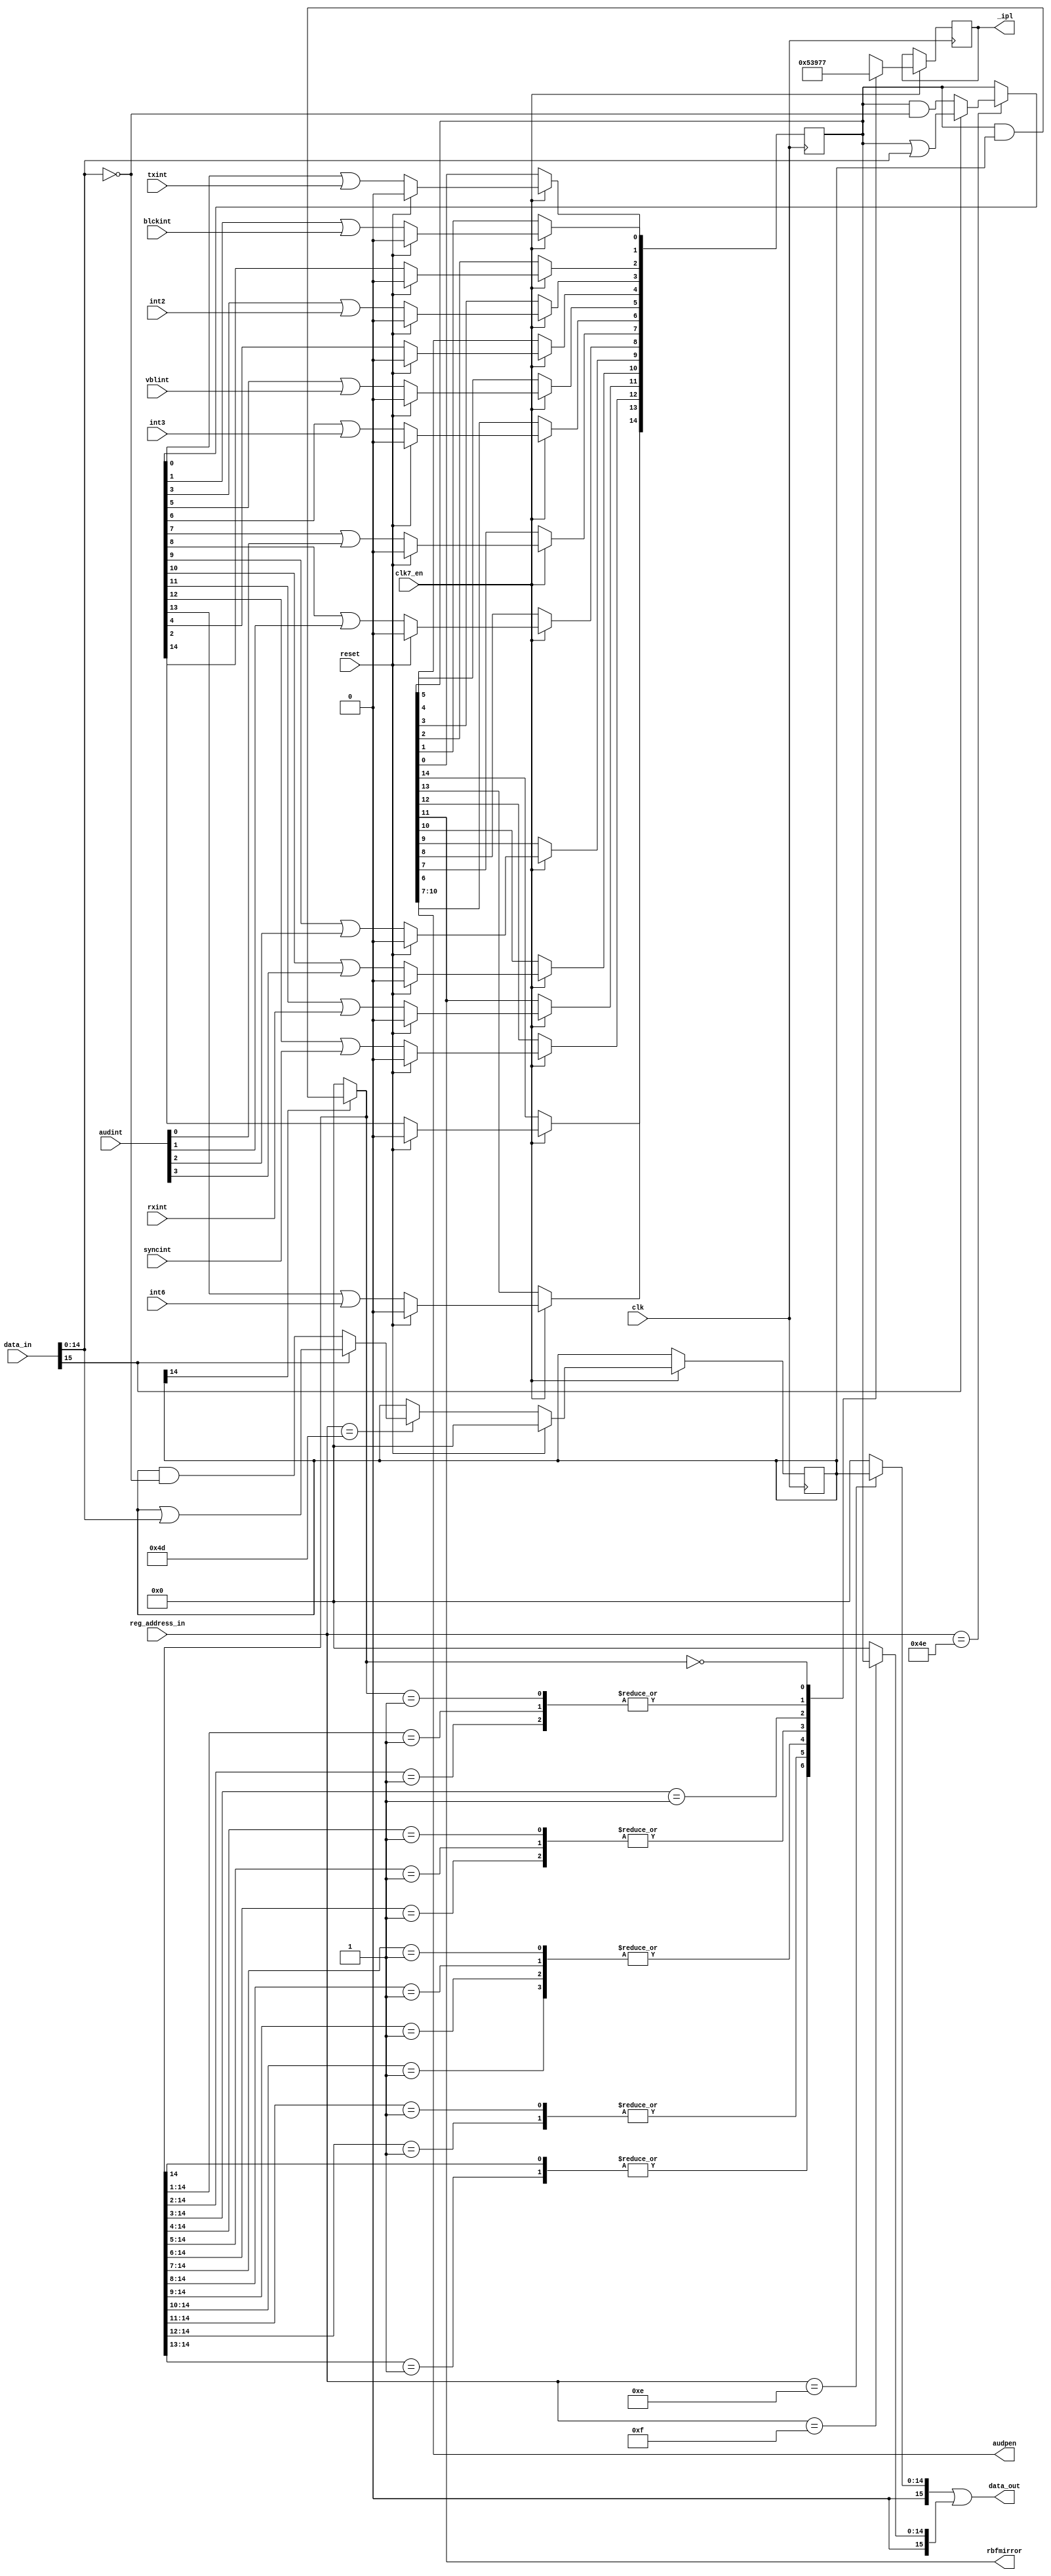
// interrupt controller //


module paula_intcontroller
(
	input 	clk,		    	//bus clock
  input clk7_en,
	input 	reset,			   	//reset 
	input 	[8:1] reg_address_in,	//register address inputs
	input	[15:0] data_in,		//bus data in
	output	[15:0] data_out,		//bus data out
	input	rxint,				//uart receive interrupt
	input	txint,				//uart transmit interrupt
  input vblint,         // start of video frame
	input	int2,				//level 2 interrupt
	input	int3,				//level 3 interrupt
	input	int6,				//level 6 interrupt
	input	blckint,			//disk block finished interrupt
	input	syncint,			//disk syncword match interrupt
	input	[3:0] audint,		//audio channels 0,1,2,3 interrupts
	output	[3:0] audpen,		//mirror of audio interrupts for audio controller
	output	rbfmirror,			//mirror of serial receive interrupt for uart SERDATR register
	output	reg [2:0] _ipl		//m68k interrupt request
);

//register names and addresses		
parameter INTENAR = 9'h01c;
parameter INTREQR = 9'h01e;
parameter INTENA  = 9'h09a;
parameter INTREQ  = 9'h09c;

//local signals
reg		[14:0] intena;			//int enable write register
reg 	[15:0] intenar;			//int enable read register
reg		[14:0] intreq;			//int request register
reg		[15:0] intreqr;			//int request readback

//rbf mirror out
assign rbfmirror = intreq[11];

//audio mirror out
assign audpen[3:0] = intreq[10:7];

//data_out	multiplexer
assign data_out = intenar | intreqr;

//intena register
always @(posedge clk) begin
  if (clk7_en) begin
  	if (reset)
  		intena <= 0;
  	else if (reg_address_in[8:1]==INTENA[8:1])
  	begin
  		if (data_in[15])
  			intena[14:0] <= intena[14:0] | data_in[14:0];
  		else
  			intena[14:0] <= intena[14:0] & (~data_in[14:0]);	
  	end
  end
end

//intenar register
always @(*) begin
	if (reg_address_in[8:1]==INTENAR[8:1])
		intenar[15:0] = {1'b0,intena[14:0]};
	else
		intenar = 16'd0;
end

//intreqr register
always @(*) begin
	if (reg_address_in[8:1]==INTREQR[8:1])
		intreqr[15:0] = {1'b0,intreq[14:0]};
	else
		intreqr = 16'd0;
end

// control all interrupts, intterupts are registered at the rising edge of clk
reg [14:0]tmp;

always @(*) begin
	//check if we are addressed and some bits must change
	//(generate mask tmp[13:0])
	if (reg_address_in[8:1]==INTREQ[8:1])
	begin
		if (data_in[15])
			tmp[14:0] = intreq[14:0] | data_in[14:0];
		else
			tmp[14:0] = intreq[14:0] & (~data_in[14:0]);	
 	end
	else
		tmp[14:0] = intreq[14:0];
end
		
always @(posedge clk) begin
  if (clk7_en) begin
	  if (reset)//synchronous reset
	  	intreq <= 0;
	  else 
	  begin
	  	//transmit buffer empty interrupt
	  	intreq[0] <= tmp[0] | txint;
	  	//diskblock finished
	  	intreq[1] <= tmp[1] | blckint;
	  	//software interrupt
	  	intreq[2] <= tmp[2];
	  	//I/O ports and timers
	  	intreq[3] <= tmp[3] | int2;
	  	//Copper
	  	intreq[4] <= tmp[4];
	  	//start of vertical blank
	  	intreq[5] <= tmp[5] | vblint;
	  	//blitter finished
	  	intreq[6] <= tmp[6] | int3;
	  	//audio channel 0
	  	intreq[7] <= tmp[7] | audint[0];
	  	//audio channel 1
	  	intreq[8] <= tmp[8] | audint[1];
	  	//audio channel 2
	  	intreq[9] <= tmp[9] | audint[2];
	  	//audio channel 3
	  	intreq[10] <= tmp[10] | audint[3];
	  	//serial port receive interrupt
	  	intreq[11] <= tmp[11] | rxint;
	  	//disk sync register matches disk data
	  	intreq[12] <= tmp[12] | syncint;
	  	//external interrupt
	  	intreq[13] <= tmp[13] | int6;
	  	//undocumented interrupt
	  	intreq[14] <= tmp[14];
	  end
  end
end						  

//create m68k interrupt request signals
reg	[14:0]intreqena;
always @(*) begin
	//and int enable and request signals together
	if (intena[14])
		intreqena[14:0] = intreq[14:0] & intena[14:0];
	else
		intreqena[14:0] = 15'b000_0000_0000_0000;	
end

//interrupt priority encoder
always @(posedge clk) begin
  if (clk7_en) begin
	  casez (intreqena[14:0])
	  	15'b1?????????????? : _ipl <= 1;
	  	15'b01????????????? : _ipl <= 1;
	  	15'b001???????????? : _ipl <= 2;
	  	15'b0001??????????? : _ipl <= 2;
	  	15'b00001?????????? : _ipl <= 3;
	  	15'b000001????????? : _ipl <= 3;
	  	15'b0000001???????? : _ipl <= 3;
	  	15'b00000001??????? : _ipl <= 3;
	  	15'b000000001?????? : _ipl <= 4;
	  	15'b0000000001????? : _ipl <= 4;
	  	15'b00000000001???? : _ipl <= 4;
	  	15'b000000000001??? : _ipl <= 5;
	  	15'b0000000000001?? : _ipl <= 6;
	  	15'b00000000000001? : _ipl <= 6;
	  	15'b000000000000001 : _ipl <= 6;
	  	15'b000000000000000 : _ipl <= 7;
	  	default:			  _ipl <= 7;
	  endcase
  end
end


endmodule